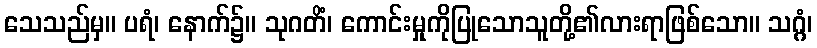
သေသည်မှ။ ပရံ၊ နောက်၌။ သုဂတိံ၊ ကောင်းမှုကိုပြုသောသူတို့၏လားရာဖြစ်သော။ သဂ္ဂံ၊